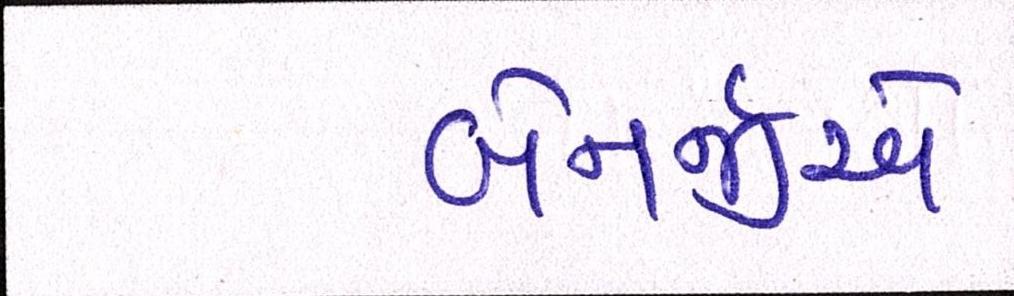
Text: બેનર્જીએ